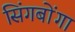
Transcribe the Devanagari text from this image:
सिंगबोंगा